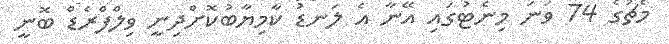
މެޗުގެ 74 ވަނަ މިނެޓުގައި އޭނާ އެ ލަނޑު ކާމިޔާބުކޮށްދިނީ ވިލްފްރެޑް ބޮނީ